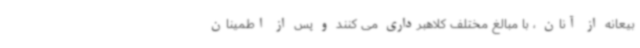
بیعانه از آنان ، با مبالغ مختلف کلاهبرداری می کنند و پس از اطمینان